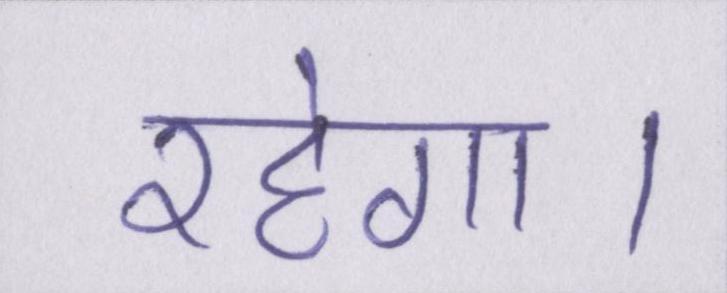
रहेगा।